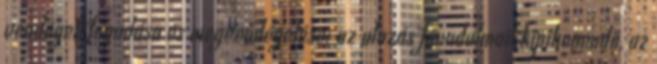
vendégek fogadása és megvendégelése: az utazás fáradalmait kipihenendő, az